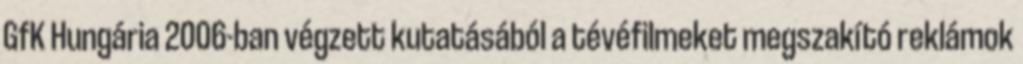
GfK Hungária 2006-ban végzett kutatásából a tévéfilmeket megszakító reklámok